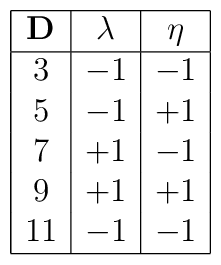
\begin{array}{|c|c|c|}\hline {\bf D} & \lambda & \eta \\ \hline 3 & -1 & -1 \\ 5 & -1 & +1 \\ 7 & +1 & -1 \\ 9 & +1 & +1 \\ 11 &-1 & -1 \\ \hline\end{array}